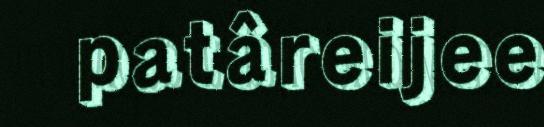
patâreijee